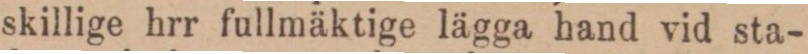
skillige hrr fullmäktige lägga hand vid sta-